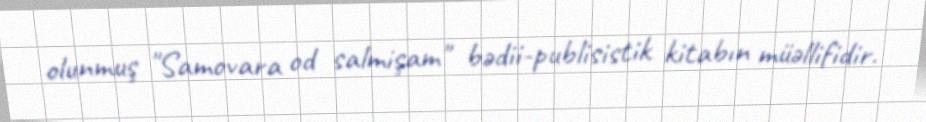
olunmuş "Samovara od salmişam" bədii-publisistik kitabın müəllifidir.